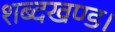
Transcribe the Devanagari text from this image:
शब्दखण्ड।